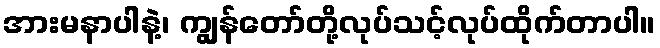
အားမနာပါနဲ့၊ ကျွန်တော်တို့လုပ်သင့်လုပ်ထိုက်တာပါ။